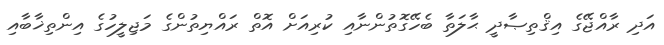
އަދި ރާއްޖޭގެ އިޤްތިޞާދީ ޙާލަތާ ބެހޭގޮތުންނާއި ކުރިއަށް އޮތް ރައްޔިތުންގެ މަޖިލީހުގެ އިންތިޚާބާއި